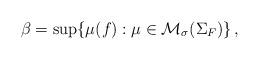
LaTeX: \begin{align*}\beta = \sup \{ \mu(f) : \mu \in \mathcal{M}_{\sigma}(\Sigma_F)\} \,,\end{align*}